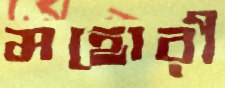
মহোরী